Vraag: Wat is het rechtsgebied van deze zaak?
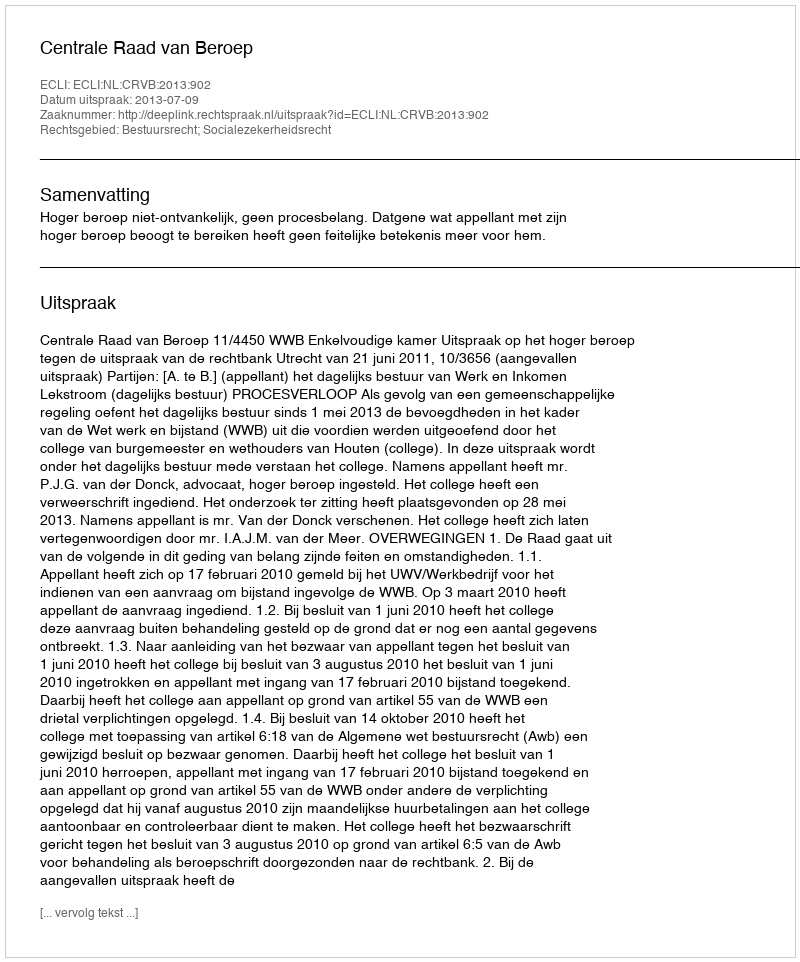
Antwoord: Bestuursrecht; Socialezekerheidsrecht